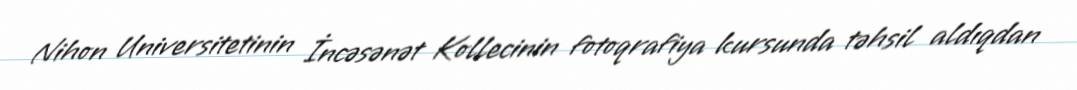
Nihon Universitetinin İncəsənət Kollecinin fotoqrafiya kursunda təhsil aldıqdan